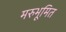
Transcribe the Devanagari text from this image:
मरुभूमित